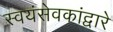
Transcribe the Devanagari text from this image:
स्वयंसेवकांद्वारे